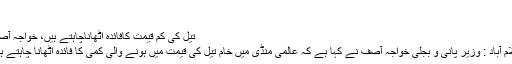
…
تیل کی کم قیمت کافائدہ اٹھاناچاہتے ہیں، خواجہ آصف
اسلام آباد : وزیر پانی و بجلی خواجہ آصف نے کہا ہے کہ عالمی منڈی میں خام تیل کی قیمت میں ہونے والی کمی کا فائدہ اٹھانا چاہتے ہیں۔